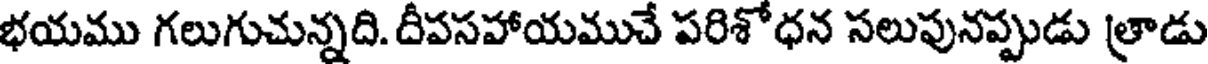
భయము గలుగుచున్నది. దీపసహాయముచే పరిశోధన సలుపునప్పుడు త్రాడు